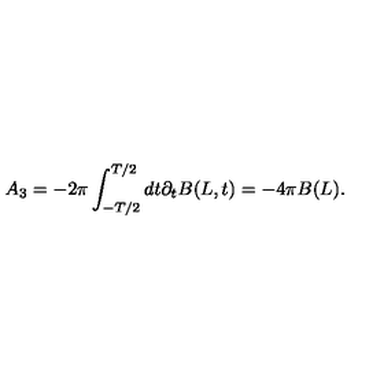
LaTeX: A _ { 3 } = - 2 \pi \int _ { - T / 2 } ^ { T / 2 } d t \partial _ { t } B ( L , t ) = - 4 \pi B ( L ) .